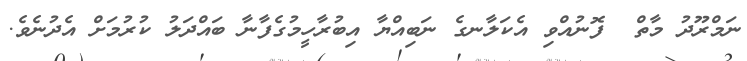
ނަމްރޫދު މާތް  ފޮނުއްވި އެކަލާނގެ ނަބިއްޔާ އިބުރާހީމުގެފާނާ ބައްދަލު ކުރުމަށް އެދުނެވެ.